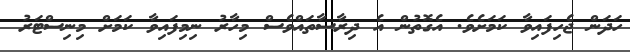
ހަދަން ޖެހިފައިވާ ކަމަށެވެ. އެގޮތުން އެ ދިރާސާތައްވެސް މިހާރު ނިމިފައިވާ ކަމަށް މިނިސްޓަރު